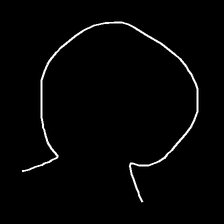
Glyph: weave